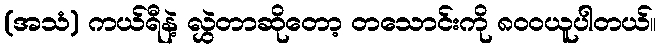
(အသံ) ကယ်ရီနဲ့ လွှဲတာဆိုတော့ တသောင်းကို ၈၀၀ယူပါတယ်။